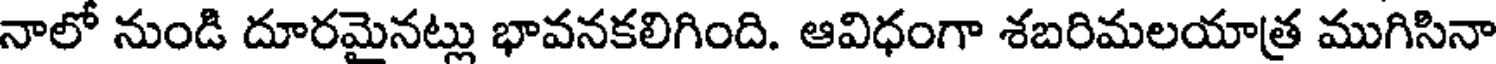
నాలో నుండి దూరమైనట్లు భావనకలిగింది. ఆవిధంగా శబరిమలయాత్ర ముగిసినా